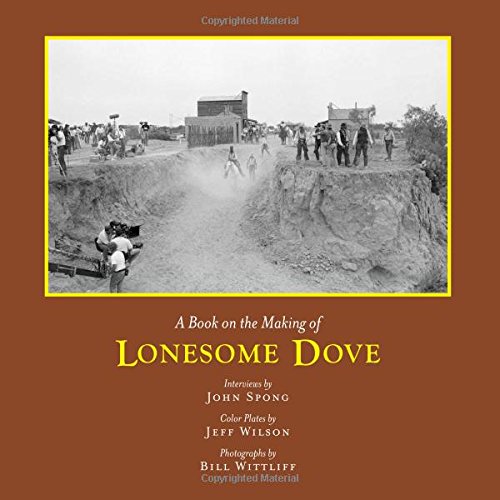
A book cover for A Book on the Making of Lonesome Dove (Southwestern & Mexican Photography); John Spong; Humor & Entertainment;